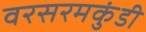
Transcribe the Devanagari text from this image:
वरसरमकुंडी